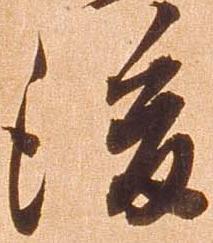
後